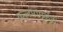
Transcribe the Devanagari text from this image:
कलमांमुळेही